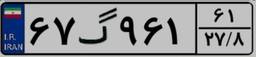
۶۷گ۹۶۱۶۱